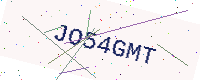
Text: JO54GMT